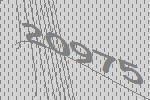
20975